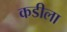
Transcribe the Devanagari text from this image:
कडीला